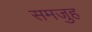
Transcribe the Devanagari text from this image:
समजुह